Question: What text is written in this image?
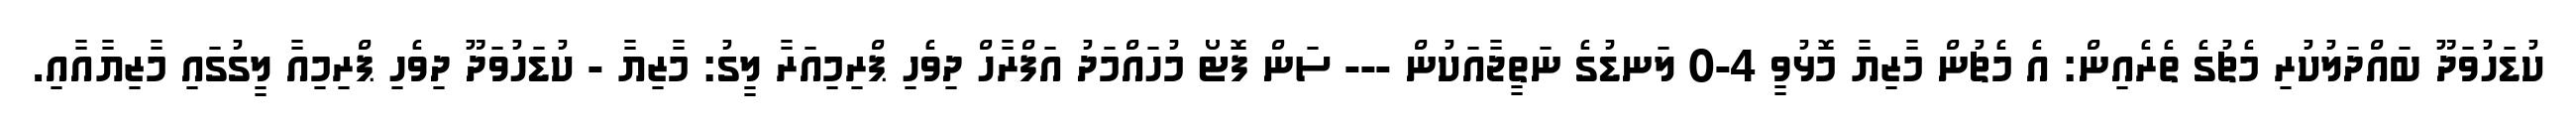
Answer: ކުޑަހުވަދޫ ބައްދަލުކުރި މެޗުގެ ތެރެއިން: އެ މެޗުން މާޒިޔާ މޮޅުވީ 4-0 ލަނޑުގެ ނަތީޖާއަކުން --- ސަން ފޮޓޯ މުހައްމަދު އަފްރާހް ދިވެހި ޕްރިމިއަރާ ލީގު: މާޒިޔާ - ކުޑަހުވަދޫ ދިވެހި ޕްރިމިއާ ލީގުގައި މާޒިޔާއާއި.